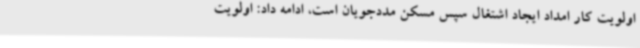
اولویت کار امداد ایجاد اشتغال سپس مسکن مددجویان است، ادامه داد: اولویت